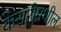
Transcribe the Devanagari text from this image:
केसरीमधील